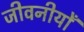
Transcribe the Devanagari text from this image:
जीवनीयोँ